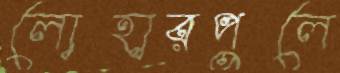
লোহারপুলে